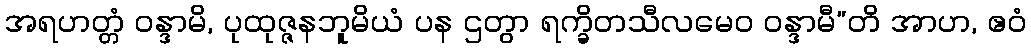
အရဟတ္တံ ဝန္ဒာမိ, ပုထုဇ္ဇနဘူမိယံ ပန ဌတွာ ရက္ခိတသီလမေဝ ဝန္ဒာမီ”တိ အာဟ, ဧဝံ